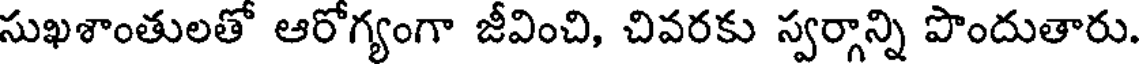
సుఖశాంతులతో ఆరోగ్యంగా జీవించి, చివరకు స్వర్గాన్ని పొందుతారు.